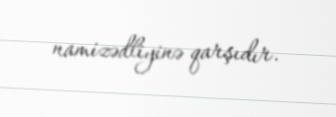
namizədliyinə qarşıdır.